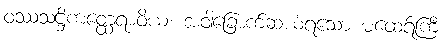
ဝဿသဋ္ဌိကတ္ထေရာဝိယ၊ အဝါခြောက်ဆယ်ရသော မထေရ်ကြီး